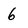
Character: 6